Sanitation, dispensaries and jails vaccination Rajputana 1922-1927 - 1922-1927
Year: 1922
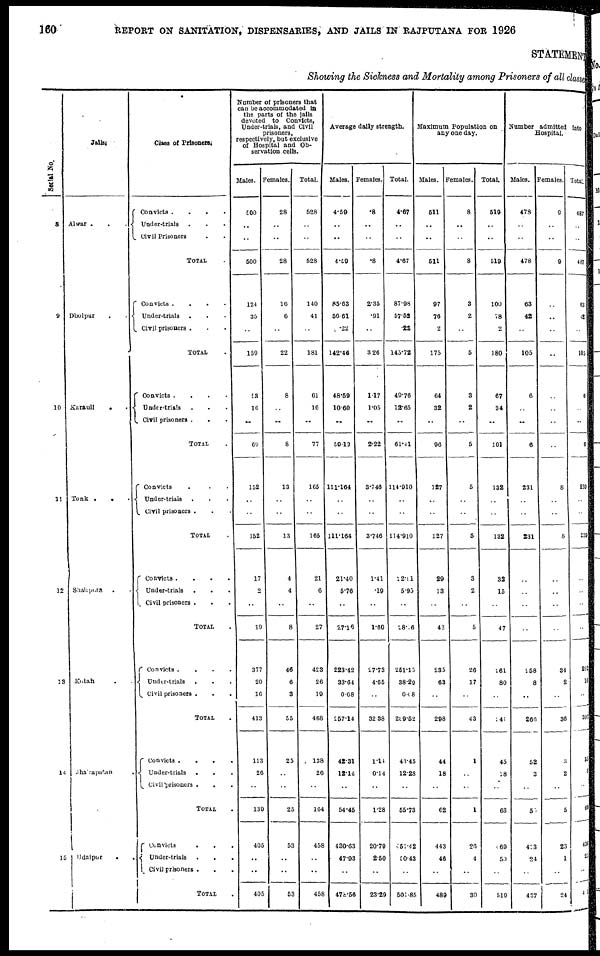
160
REPORT ON SANITATION, DISPENSARIES, AND JAILS IN RAJPUTANA FOR 1926
STATEMENT
Showing the Sickness and Mortality among Prisoners of all classe
Serial No.
8
9
10
11
12
13
14
15
Jails.
Alwar
.
.
.
Dholpur . .
Karauli . .
Tonk . . .
Shahpura . .
Kotah . . .
Jhairapatan .
Udaipur . . .
Class of Prisoners.
Convicts .
. . .
Under-trials . . .
Civil Prisoners . . .
TOTAL .
Convicts
.
.
.
.
Under-trials . . .
Civil prisoners . . .
TOTAL .
Convicts
.
.
.
Under-trials . .
Civil prisoners .
TOTAL .
Convicts . . .
Under-trials . . .
Civil prisoners . . .
TOTAL .
Convicts
.
.
.
.
Under-trials . .
Civil prisoners . . .
TOTAL .
Convicts
.
.
.
.
Under-trials . . .
Civil prisoners . . .
TOTAL .
Convicts
.
.
.
Under-trials . .
Civil prisoners . .
TOTAL .
Convicts . . .
Under-trials . . .
Civil prisoners . .
TOTAL .
Number of prisoners that
can be accommodated in
the parts of the jails
devoted to Convicts,
Under-trials, and Civil
prisoners,
respectively, but exclusive
of Hospital and Ob-
servation cells.
Males.
500
..
..
500
124
35
..
150
53
16
..
69
152
..
..
152
17
2
..
19
377
20
16
413
113
26
..
130
405
..
..
405
Females.
28
..
..
28
16
6
..
22
8
..
..
8
13
..
..
13
4
4
..
8
46
6
3
55
25
..
..
25
53
..
..
53
Total.
528
..
..
528
140
41
..
181
61
16
..
77
165
..
..
165
21
6
..
27
423
26
10
468
138
26
..
164
458
..
..
458
Average daily strength.
Males.
4.59
..
..
4.59
85.63
56.61
.22
142.46
48.59
10.60
..
59.13
111.164
..
..
111.164
21.40
5.73
..
27.16
223.42
33.64
0.08
257.14
42.31
12.14
..
54.45
430.63
47.93
..
478.56
Females.
.8
..
..
.8
2.35
.91
..
3.26
1.17
1.05
..
2.22
3.748
..
..
3.746
1.41
.19
..
1.60
27.73
4.65
..
32.38
1.14
0.14
..
1.28
20.79
2.50
..
23.29
Total.
4.67
..
..
4.67
87.98
57.52
.22
145.72
49.76
12.65
..
61.41
114.910
..
..
114.910
22.81
5.93
..
28.66
251.15
38.29
0.08
289.52
43.45
12.28
..
55.73
256.42
50.43
..
501.85
Maximum Population on
any one day.
Males.
511
..
..
511
97
76
2
175
64
32
..
96
127
..
..
127
29
13
..
42
235
63
..
298
44
18
..
62
443
46
..
489
Females.
8
..
..
8
3
2
..
5
3
2
..
5
5
..
..
5
3
2
..
5
26
17
..
43
1
..
..
1
20
4
..
30
Total.
519
..
..
519
100
78
2
180
67
34
..
101
132
..
..
132
33
15
..
47
161
80
..
342
45
18
..
63
369
50
..
519
Number admitted into
Hospital.
Males.
478
..
..
478
63
42
..
105
6
..
..
6
231
..
..
231
..
..
..
..
258
8
..
266
52
3
..
57
413
24
..
437
Females.
9
..
..
9
..
..
..
..
..
..
..
..
8
..
..
8
..
..
..
..
34
2
..
36
..
2
..
5
23
1
..
24
Total
487
..
..
487
63
62
..
105
5
..
..
6
239
..
..
239
..
..
..
..
292
10
..
302
55
5
..
60
436
25
..
41